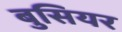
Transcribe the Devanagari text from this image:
बुसियर